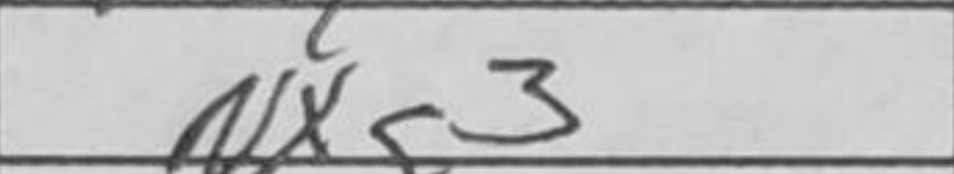
Transcription: Nxg3